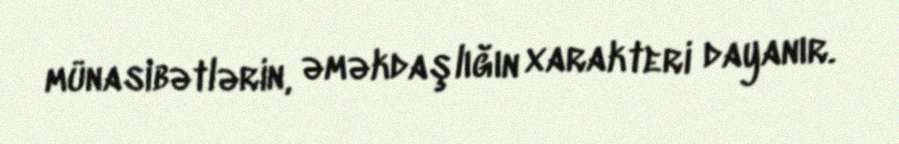
münasibətlərin, əməkdaşlığın xarakteri dayanır.